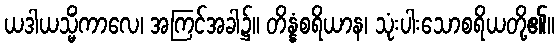
ယဒါယသ္မိံကာလေ၊ အကြင်အခါ၌။ တိန္နံစရိယာန၊ သုံးပါးသောစရိယတို့၏။